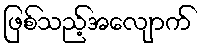
ဖြစ်သည့်အလျောက်